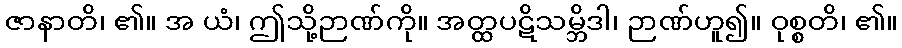
ဇာနာတိ၊ ၏။ အ ယံ၊ ဤသို့ဉာဏ်ကို။ အတ္ထပဋိသမ္ဘိဒါ၊ ဉာဏ်ဟူ၍။ ဝုစ္စတိ၊ ၏။